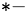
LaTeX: ^{*-}